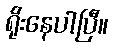
ရိုးနေပါပြီ။